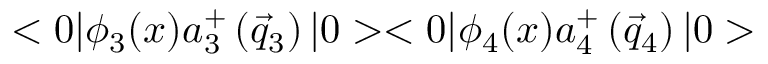
< 0 | { \phi } _ { 3 } ( x ) a _ { 3 } ^ { + } \left( \vec { q } _ { 3 } \right) | 0 > < 0 | { \phi } _ { 4 } ( x ) a _ { 4 } ^ { + } \left( \vec { q } _ { 4 } \right) | 0 >